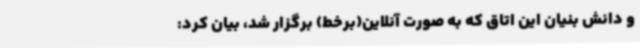
و دانش بنیان این اتاق که به صورت آنلاین(برخط) برگزار شد، بیان کرد: